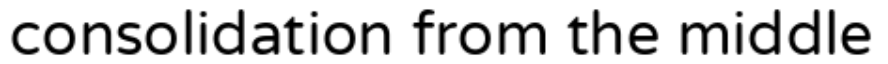
consolidation from the middle